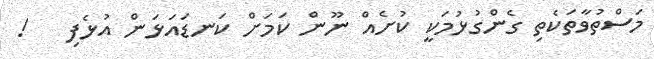
މަސްތުވާތަކެތި ގެންގުޅުމަކީ ކުށެއް ނޫން ކަމަށް ކަނޑައަޅަން އުޅެފި   !